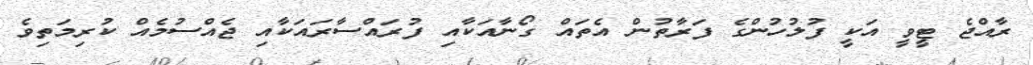
ރާއްޖެ ޓީވީ އަކީ ފުލުހުންގެ ފަރާތުން އެތައް ގޯނާއަކާއި ފުރައްސާރައަކާއި ޖެއްސުމެއް ކުރިމަތިވެ